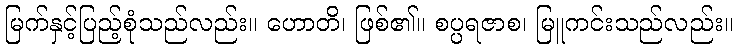
မြက်နှင့်ပြည့်စုံသည်လည်း။ ဟောတိ၊ ဖြစ်၏။ စပ္ပရဇာစ၊ မြူကင်းသည်လည်း။